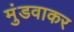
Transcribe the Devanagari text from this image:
मुंडवाकर